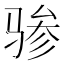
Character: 骖